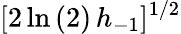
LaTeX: [2\ln{(2)}\, h_{-1}]^{1/2}